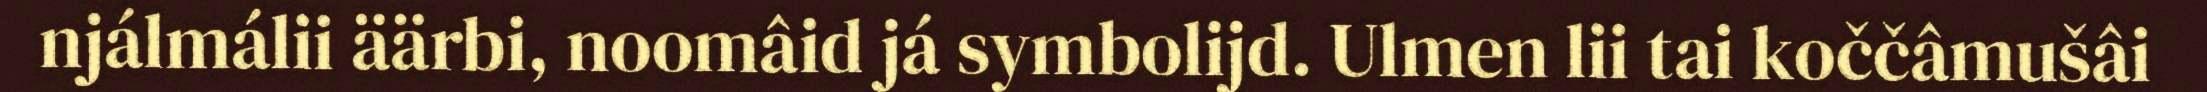
njálmálii äärbi, noomâid já symbolijd. Ulmen lii tai koččâmušâi